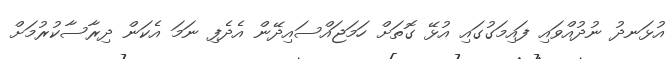
އުޅަނދު ނުދުއްވައި ފައިމަގުގައި އުޅޭ ގޮތަށް ހަމަޖައްސައިދޭން އެދެފި ނަމަ އެކަން ދިރާސާކުރުމަށް